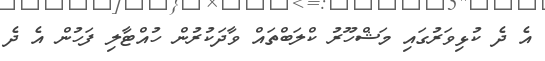
އެ ދެ ކުޅިވަރުގައި މަޝްހޫރު ކްލަބްތައް ވާދަކުރުން ހުއްޓާލި ފަހުން އެ ދެ